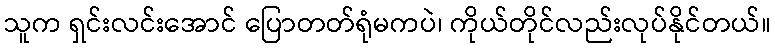
သူက ရှင်းလင်းအောင် ပြောတတ်ရုံမကပဲ၊ ကိုယ်တိုင်လည်းလုပ်နိုင်တယ်။